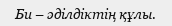
Би – әділдіктің құлы.